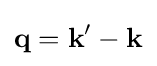
\mathbf {q} =\mathbf {k} '-\mathbf {k}